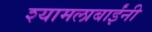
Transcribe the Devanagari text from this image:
श्यामलाबाईंनी